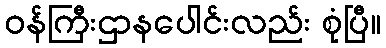
ဝန်ကြီးဌာနပေါင်းလည်း စုံပြီ။